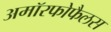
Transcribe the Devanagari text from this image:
अमॉरफोफैलस